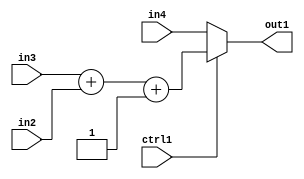
`timescale 1ps / 1ps
/*****************************************************************************
    Verilog RTL Description
    
    
    Created by: Stratus DpOpt 2019.1.01 
*******************************************************************************/

module st_feature_addr_gen_MuxAdd3i1u8u16u16u1_1 (
	in4,
	in3,
	in2,
	ctrl1,
	out1
	); /* architecture "behavioural" */ 
input [15:0] in4,
	in3;
input [7:0] in2;
input  ctrl1;
output [15:0] out1;
wire [15:0] asc001,
	asc002;

wire [15:0] asc002_tmp_0;
assign asc002_tmp_0 = 
	+(in3)
	+(in2);
assign asc002 = asc002_tmp_0
	+(16'B0000000000000001);

reg [15:0] asc001_tmp_1;
assign asc001 = asc001_tmp_1;
always @ (ctrl1 or asc002 or in4) begin
	case (ctrl1)
		1'B1 : asc001_tmp_1 = asc002 ;
		default : asc001_tmp_1 = in4 ;
	endcase
end

assign out1 = asc001;
endmodule

/* CADENCE  vrf5Sg4= : u9/ySgnWtBlWxVPRXgAZ4Og= ** DO NOT EDIT THIS LINE ******/